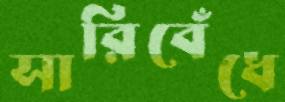
সারিবেঁধে